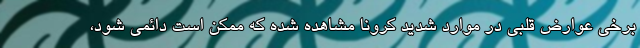
برخی عوارض قلبی در موارد شدید کرونا مشاهده شده که ممکن است دائمی شود،